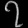
Digit: ၇